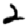
Digit: 2